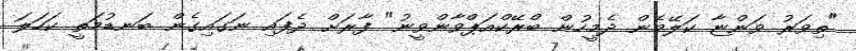
"ތިވަރު ވަންޏާ ކަލޭމެން ދެމީހުން ބްރޭކްއަޕްވާންވީނު" ފާރަށް ދެފައި ނަގައިގެން ބަނޑުމަތީ ކަހަލަ